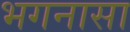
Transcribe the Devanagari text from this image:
भगनासा